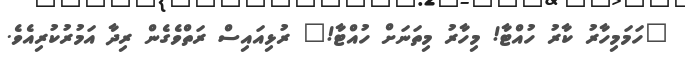
"ހަމަމިހާރު ކާރު ހުއްޓާ! މިހާރު މިތަނަށް ހުއްޓާ!" ރުޅިއައިސް ރަތްވެގެން ރިދާ އަމުރުކުރިއެވެ.